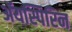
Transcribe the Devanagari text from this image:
ॲयस्पिरिन